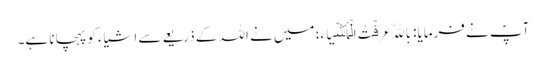
آپؐ نے فرمایا: بِاللّهِ عَرَفۡتُ الۡأَشۡیَاءَ؛ میں نے اللہ کے ذریعے سے اشیاء کو پہچانا ہے۔